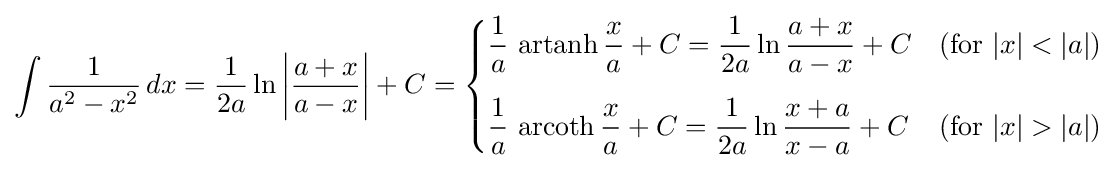
\int {\frac {1}{a^{2}-x^{2}}}\,dx={\frac {1}{2a}}\ln \left|{\frac {a+x}{a-x}}\right|+C={\begin{cases}\displaystyle {\frac {1}{a}}\,\operatorname {artanh} {\frac {x}{a}}+C={\frac {1}{2a}}\ln {\frac {a+x}{a-x}}+C&{\text{(for }}|x|<|a|{\mbox{)}}\\[12pt]\displaystyle {\frac {1}{a}}\,\operatorname {arcoth} {\frac {x}{a}}+C={\frac {1}{2a}}\ln {\frac {x+a}{x-a}}+C&{\text{(for }}|x|>|a|{\mbox{)}}\end{cases}}